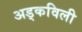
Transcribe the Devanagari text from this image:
अड्कविली